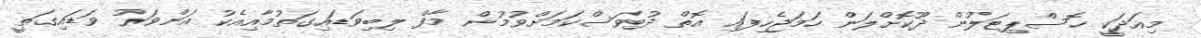
މިއަދަކީ ހޮސްޕިޓަލުން ދޫކޮށްލަން ހަމަޖެހިފައި އޮތް ދުވަސްކަމަށްވުމުން މާފް ލިބިވަޑައިގަތުމާއިއެކު އަންވަރު ވަޑައިގަތީ